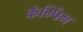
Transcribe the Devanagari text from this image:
कॅम्पिंग